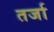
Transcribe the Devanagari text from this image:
तर्जा